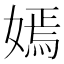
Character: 嫣